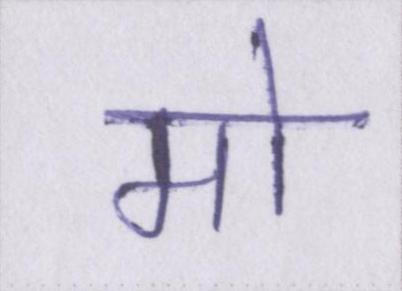
मो